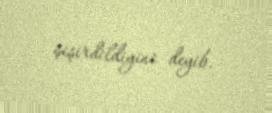
şişirdildiyini deyib.